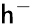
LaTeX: \mathsf{h}^{-}